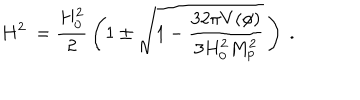
H ^ { 2 } \ = { \frac { H _ { 0 } ^ { 2 } } { 2 } } \left( 1 \pm \sqrt { 1 - { \frac { 3 2 \pi V ( \phi ) } { 3 H _ { 0 } ^ { 2 } M _ { \mathrm { p } } ^ { 2 } } } } \, \right) \ .